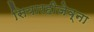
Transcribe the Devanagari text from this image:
सियारहीजेव्ना